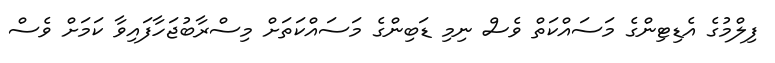
ފިލްމުގެ އެޑިޓިންގެ މަސައްކަތް ވެސް ނިމި ޑަބިންގެ މަސައްކަތަށް މިސްރާބުޖަހާފައިވާ ކަމަށް ވެސް